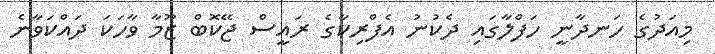
މިއަދުގެ ހަނދާނީ ހަފްލާގައި ދެކުނު އެފްރިކާގެ ރައީސް ޖޭކޮބް ޒޫމާ ވާހަކަ ދައްކަވާނެ